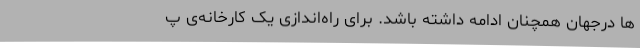
ها درجهان همچنان ادامه داشته باشد. برای راه‌اندازی یک کارخانه‌ی پ